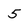
Character: 5